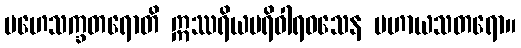
မဟေသက္ခတရောတိ ဣဿရိယပရိဝါရဝသေန မဟာယသတရော။